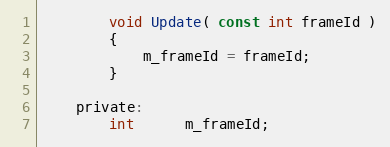
Language: C
		void Update( const int frameId )
		{
			m_frameId = frameId;
		}

	private:
		int      m_frameId;